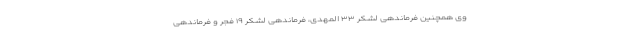
وی همچنین فرماندهی لشکر ۳۳ المهدی، فرماندهی لشکر ۱۹ فجر و فرماندهی